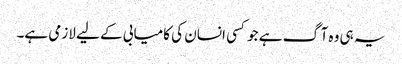
یہ ہی وہ آگ ہے جو کسی انسان کی کامیابی کے لیے لازمی ہے۔